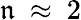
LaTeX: \mathfrak{n}\ \approx\ 2